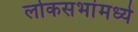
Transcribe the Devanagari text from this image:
लोकसभांमध्ये